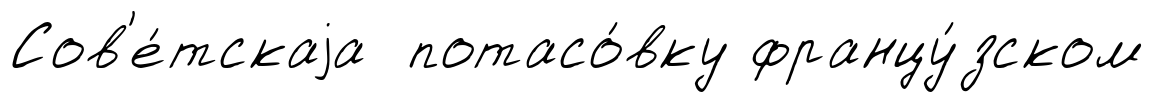
Сов'е́тскаjа потасо́вку францу́зском